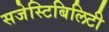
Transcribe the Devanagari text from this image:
सजेस्टिबिलिटी